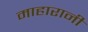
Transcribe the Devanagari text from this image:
माहारानी